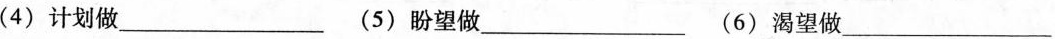
( 4 ) 计划做___ ( 5 ) 盼望做___ ( 6 )渴望做___